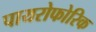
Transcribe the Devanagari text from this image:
पायरोफोरिक